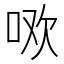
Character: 𭇳